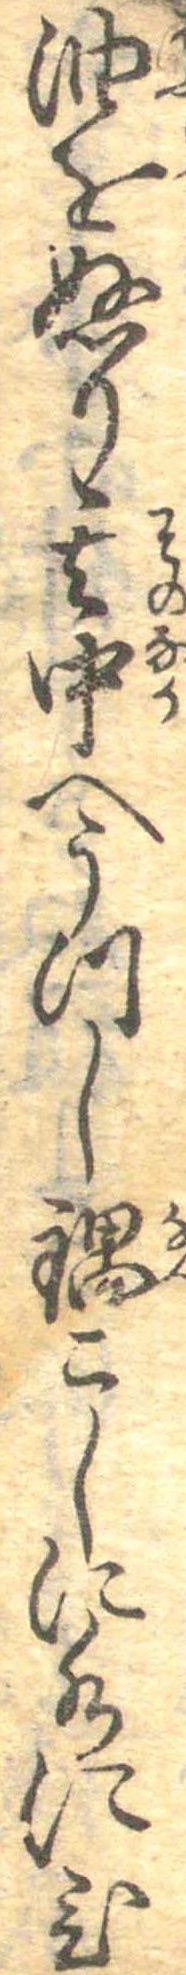
油をぬり其中へうつし鍋こしに水にひ